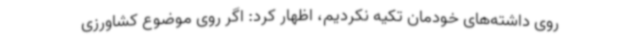
روی داشته‌های خودمان تکیه نکردیم، اظهار کرد: اگر روی موضوع کشاورزی